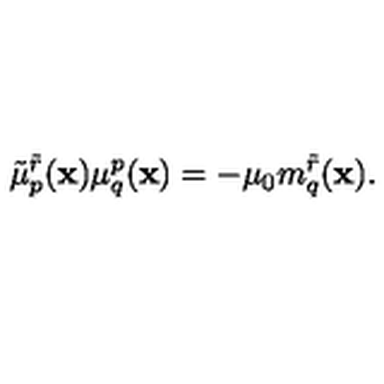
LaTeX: \tilde { \mu } _ { p } ^ { \tilde { r } } ( { \bf x } ) \mu _ { q } ^ { p } ( { \bf x } ) = - \mu _ { 0 } m _ { q } ^ { \tilde { r } } ( { \bf x } ) .